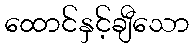
ထောင်နှင့်ချီသော